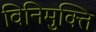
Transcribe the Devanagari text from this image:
विनिमुक्ति